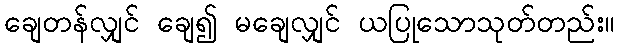
ချေတန်လျှင် ချေ၍ မချေလျှင် ယပြုသောသုတ်တည်း။